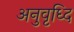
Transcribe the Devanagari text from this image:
अनुवृध्दि